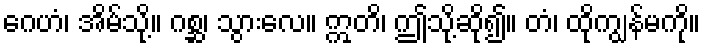
ဂေဟံ၊ အိမ်သို့။ ဂစ္ဆ၊ သွားလေ။ ဣတိ၊ ဤသို့ဆို၍။ တံ၊ ထိုကျွန်မကို။